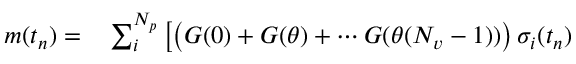
\begin{array} { r l } { m ( t _ { n } ) = } & { { } \sum _ { i } ^ { N _ { p } } \left[ \left( G ( 0 ) + G ( \theta ) + \cdots G ( \theta ( N _ { v } - 1 ) ) \right) \sigma _ { i } ( t _ { n } ) \right. } \end{array}